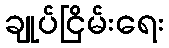
ချုပ်ငြိမ်းရေး